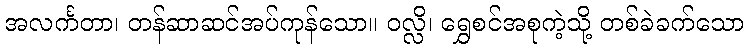
အလင်္ကတာ၊ တန်ဆာဆင်အပ်ကုန်သော။ ဝလ္လိ၊ ရွှေစင်အစုကဲ့သို့ တစ်ခဲခက်သော